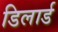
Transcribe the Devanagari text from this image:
डिलार्ड